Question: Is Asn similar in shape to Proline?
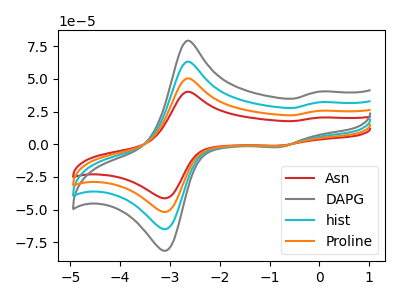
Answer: <think>The red curve "Asn" has anodic peaks at (-2.65V, 40.10uA) (0.00V, 20.40uA) and cathodic peaks at (-3.20V, -40.80uA) (-0.80V, -1.15uA). The gray curve "DAPG" has anodic peaks at (-2.65V, 150.80uA) (0.00V, 76.75uA) and cathodic peaks at (-3.20V, -153.55uA) (-0.80V, -4.25uA). The cyan curve "hist" has anodic peaks at (-2.65V, 100.55uA) (0.00V, 51.15uA) and cathodic peaks at (-3.20V, -102.35uA) (-0.80V, -2.85uA). The orange curve "Proline" has anodic peaks at (-2.65V, 50.25uA) (0.00V, 25.60uA) and cathodic peaks at (-3.20V, -51.20uA) (-0.80V, -1.40uA).
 All the peaks in "Asn" have a peak in "Proline" at the same potential. Every peak in "Asn" is lower than every peak in "Proline".</think>
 <answer>"Asn" and "Proline" are similar in shape.</answer>
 <eval>same_shape</eval>